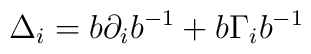
\Delta_i = b \partial_i b^{-1} + b \Gamma_i b^{-1}